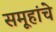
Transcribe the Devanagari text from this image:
समूहांचे